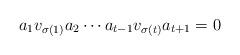
LaTeX: \begin{align*}a_1v_{\sigma(1)}a_2\cdots a_{t-1}v_{\sigma(t)}a_{t+1}= 0\end{align*}